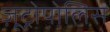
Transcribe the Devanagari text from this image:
ज़ूट्रोपोलिस